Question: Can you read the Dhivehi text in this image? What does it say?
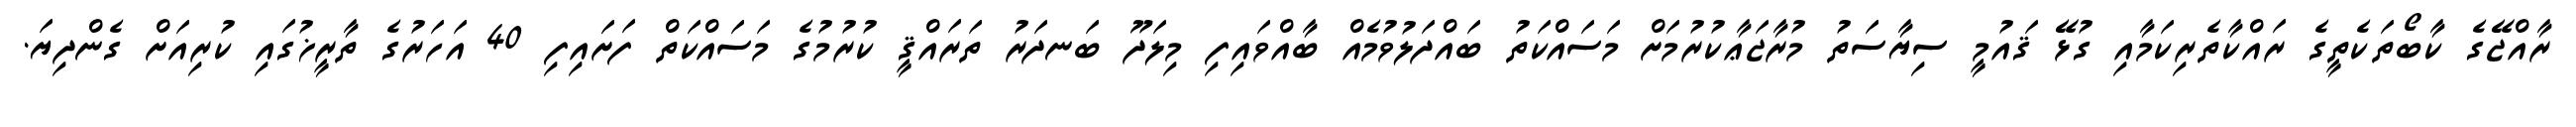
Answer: ރާއްޖޭގެ ކާބޯތަކެތީގެ ރައްކާތެރިކަމާއި ގުޅޭ ޤައުމީ ސިޔާސަތު މުރާޖަޢާކުރުމަށް މަސައްކަތު ބައްދަލުވުމެއް ބާއްވައިފި މިލަދޫ ބަނދަރު ތަރައްޤީ ކުރުމުގެ މަސައްކަތް ފަށައިފި 40 އަހަރުގެ ތާރީޚުގައި ކުރިއަށް ގެންދިޔަ.